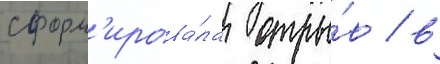
сформ'ирова́ла отры́в / в